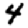
Digit: 4